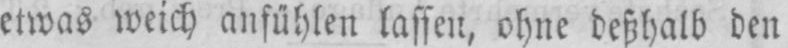
etwas weich anfühlen lassen, ohne deßhalb den